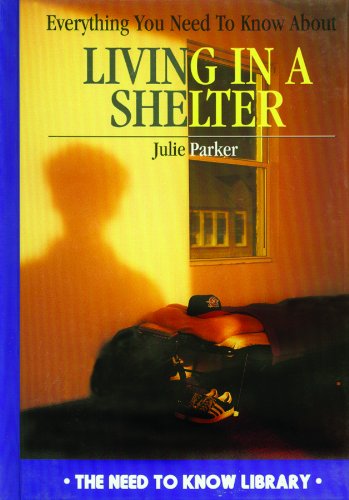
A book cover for Everything You Need to Know About Living in a Shelter (Need to Know Library); Julie F. Parker; Teen & Young Adult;